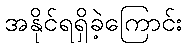
အနိုင်ရရှိခဲ့ကြောင်း